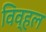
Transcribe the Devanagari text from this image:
विव्हल